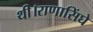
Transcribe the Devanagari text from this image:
थी।राणासिंघे